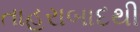
તાહરાબાદથી